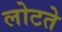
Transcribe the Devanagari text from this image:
लोटते